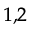
^ { 1 , 2 }